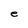
Character: e